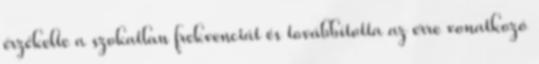
érzékelte a szokatlan frekvenciát és továbbította az erre vonatkozó